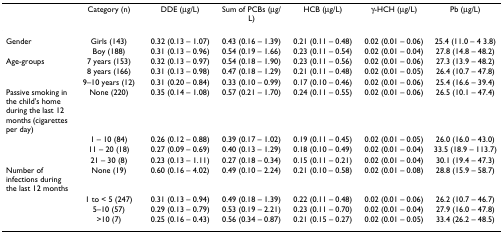
<table><thead><tr><td></td><td><b>Category (n)</b></td><td><b>DDE (μg/L)</b></td><td><b>Sum of PCBs (μg/L)</b></td><td><b>HCB (μg/L)</b></td><td><b>γ-HCH (μg/L)</b></td><td><b>Pb (μg/L)</b></td></tr></thead><tbody><tr><td>Gender</td><td>Girls (143)</td><td>0.32 (0.13 – 1.07)</td><td>0.43 (0.16 – 1.39)</td><td>0.21 (0.11 – 0.48)</td><td>0.02 (0.01 – 0.06)</td><td>25.4 (11.0 – 4 3.8)</td></tr><tr><td></td><td>Boy (188)</td><td>0.31 (0.13 – 0.96)</td><td>0.54 (0.19 – 1.66)</td><td>0.23 (0.11 – 0.54)</td><td>0.02 (0.01 – 0.04)</td><td>27.8 (14.8 – 48.2)</td></tr><tr><td>Age-groups</td><td>7 years (153)</td><td>0.32 (0.13 – 0.97)</td><td>0.54 (0.18 – 1.90)</td><td>0.23 (0.11 – 0.56)</td><td>0.02 (0.01 – 0.06)</td><td>27.3 (13.9 – 48.2)</td></tr><tr><td></td><td>8 years (166)</td><td>0.31 (0.13 – 0.98)</td><td>0.47 (0.18 – 1.29)</td><td>0.21 (0.11 – 0.48)</td><td>0.02 (0.01 – 0.05)</td><td>26.4 (10.7 – 47.8)</td></tr><tr><td></td><td>9–10 years (12)</td><td>0.31 (0.20 – 0.84)</td><td>0.33 (0.10 – 0.99)</td><td>0.17 (0.10 – 0.46)</td><td>0.02 (0.01 – 0.06)</td><td>25.4 (16.6 – 39.4)</td></tr><tr><td>Passive smoking in the child&#x27;s home during the last 12 months (cigarettes per day)</td><td>None (220)</td><td>0.35 (0.14 – 1.08)</td><td>0.57 (0.21 – 1.70)</td><td>0.24 (0.11 – 0.55)</td><td>0.02 (0.01 – 0.06)</td><td>26.5 (10.1 – 47.4)</td></tr><tr><td></td><td>1 – 10 (84)</td><td>0.26 (0.12 – 0.88)</td><td>0.39 (0.17 – 1.02)</td><td>0.19 (0.11 – 0.45)</td><td>0.02 (0.01 – 0.05)</td><td>26.0 (16.0 – 43.0)</td></tr><tr><td></td><td>11 – 20 (18)</td><td>0.27 (0.09 – 0.69)</td><td>0.40 (0.13 – 1.29)</td><td>0.18 (0.10 – 0.49)</td><td>0.02 (0.01 – 0.04)</td><td>33.5 (18.9 – 113.7)</td></tr><tr><td></td><td>21 – 30 (8)</td><td>0.23 (0.13 – 1.11)</td><td>0.27 (0.18 – 0.34)</td><td>0.15 (0.11 – 0.21)</td><td>0.02 (0.01 – 0.04)</td><td>30.1 (19.4 – 47.3)</td></tr><tr><td>Number of infections during the last 12 months</td><td>None (19)</td><td>0.60 (0.16 – 4.02)</td><td>0.49 (0.10 – 2.24)</td><td>0.21 (0.10 – 0.58)</td><td>0.02 (0.01 – 0.08)</td><td>28.8 (15.9 – 58.7)</td></tr><tr><td></td><td>1 to &lt; 5 (247)</td><td>0.31 (0.13 – 0.94)</td><td>0.49 (0.18 – 1.39)</td><td>0.22 (0.11 – 0.48)</td><td>0.02 (0.01 – 0.06)</td><td>26.2 (10.7 – 46.7)</td></tr><tr><td></td><td>5–10 (57)</td><td>0.29 (0.13 – 0.79)</td><td>0.53 (0.19 – 2.21)</td><td>0.23 (0.11 – 0.70)</td><td>0.02 (0.01 – 0.04)</td><td>27.9 (16.0 – 47.8)</td></tr><tr><td></td><td>&gt;10 (7)</td><td>0.25 (0.16 – 0.43)</td><td>0.56 (0.34 – 0.87)</td><td>0.21 (0.15 – 0.27)</td><td>0.02 (0.01 – 0.05)</td><td>33.4 (26.2 – 48.5)</td></tr></tbody></table>